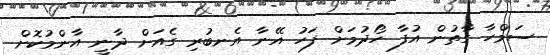
ސަމްހާ ގާތުން އުފާ ހޯދުމަށް ފަހު އޭނާ އެނބުރި ގެއަށް ދާނީ އާންމުކޮށް